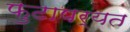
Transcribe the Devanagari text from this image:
फुटापर्यत